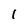
Character: l